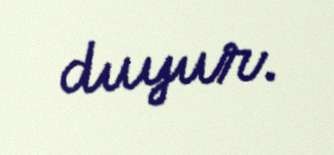
duyur.